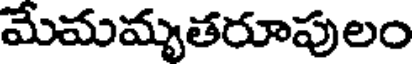
మేమమృతరూపులం